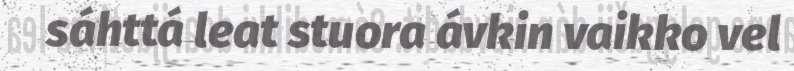
sáhttá leat stuora ávkin vaikko vel